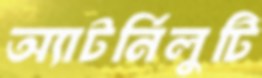
অ্যাটর্নিলুটি